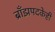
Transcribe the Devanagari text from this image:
ब्राँझपदकेही